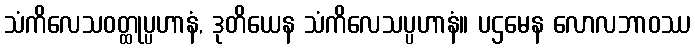
သံကိလေသဝတ္ထုပ္ပဟာနံ, ဒုတိယေန သံကိလေသပ္ပဟာနံ။ ပဌမေန လောလဘာဝဿ